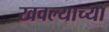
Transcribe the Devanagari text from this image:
खवल्याच्या